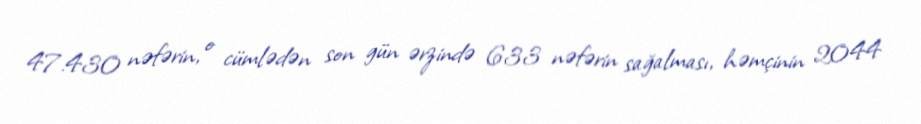
47.430 nəfərin, o cümlədən son gün ərzində 633 nəfərin sağalması, həmçinin 2044